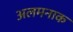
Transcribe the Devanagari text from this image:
अलमनाक